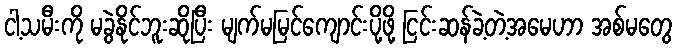
ငါ့သမီးကို မခွဲနိုင်ဘူးဆိုပြီး မျက်မမြင်ကျောင်းပို့ဖို့ ငြင်းဆန်ခဲ့တဲ့အမေဟာ အစ်မတွေ